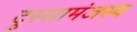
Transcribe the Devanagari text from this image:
दुस्सामंजस्य